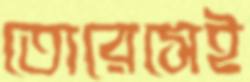
তোরেসেই